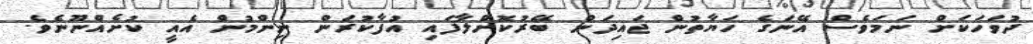
ދުވަހަކަށް ނަމަވެސް އޭނަގެ ހަޔާތުން ޖައިދަން ބޭރުކޮށްލާފައި އުފާކުރަން ނިންމުން އެއީ ކުށެއްނޫނެވެ.